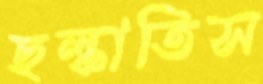
ছল্‌কাতিস